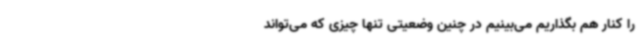
را کنار هم بگذاریم‌ می‌بینیم در چنین وضعیتی تنها چیزی که می‌تواند